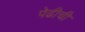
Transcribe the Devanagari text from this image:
पेढीची